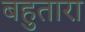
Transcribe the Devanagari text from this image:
बहुतारा